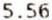
5.56